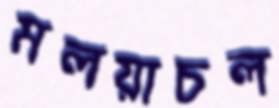
মলয়াচল